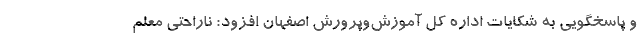
و پاسخگویی به شکایات اداره کل آموزش‌وپرورش اصفهان افزود: ناراحتی معلم